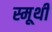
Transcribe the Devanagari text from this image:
स्मूथी